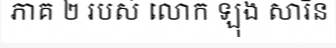
ភាគ ២ របស់ លោក ឡុង សារិន